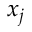
x _ { j }